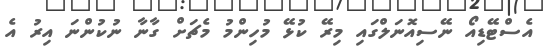
އެސްޓޭޑިއޯ ނޭސިއޮނަލްގައި މިރޭ ކުޅޭ މުހިންމު މެޗަށް ގާނާ ނުކުންނަ އިރު އެ